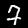
Label: 7